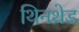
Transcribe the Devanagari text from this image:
थिनथ्रेड